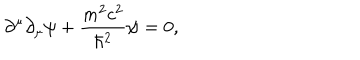
\partial ^ { \mu } \partial _ { \mu } \psi + { \frac { m ^ { 2 } c ^ { 2 } } { \hbar ^ { 2 } } } \psi = 0 ,